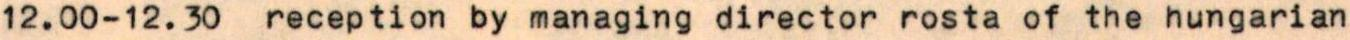
12.00-12.30  reception by managing director rosta of the hungarian